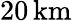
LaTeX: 20\, \mathrm{km}